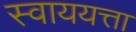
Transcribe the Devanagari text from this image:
स्वाययत्ता